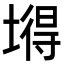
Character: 𡐙